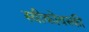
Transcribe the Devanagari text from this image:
स्वीकोवस्की